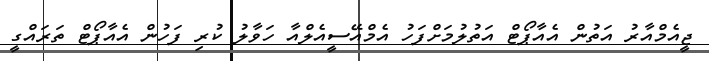
ޖީއެމްއާރު އަތުން އެއާޕޯޓް އަތުލުމަށްފަހު އެމްއޭސީއެލްއާ ހަވާލު ކުރި ފަހުން އެއާޕޯޓް ތަރައްގީ